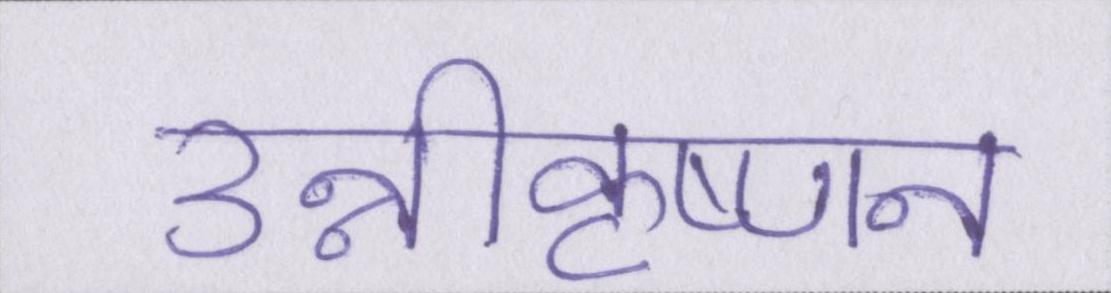
उन्नीकृष्णन